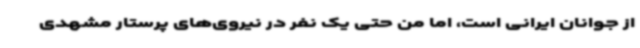
از جوانان ایرانی است، اما من حتی یک نفر در نیروی‌های پرستار مشهدی